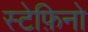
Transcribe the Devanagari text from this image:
स्टेफ़िनो